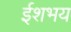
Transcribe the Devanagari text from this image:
ईशभय